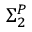
\Sigma _ { 2 } ^ { P }